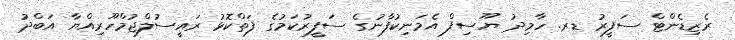
ރެޒިޑެންޓް ސަފީރު ޑރ. ހާމިދު ޔޫސިފް އެމަނިކުފާނުގެ ސަފީރުކަމުގެ ފަތްކޮޅު ރައީސުލްޖުމްހޫރިއްޔާ އަބްދު